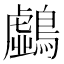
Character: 𪆛